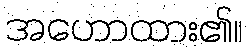
အဟောထား၏။